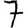
Digit: 7